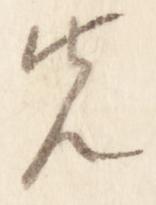
先